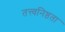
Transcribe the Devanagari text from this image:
तत्त्वनिष्ठता